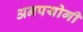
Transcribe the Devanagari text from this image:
अनपयोगी